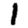
Digit: 1